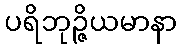
ပရိဘုဉ္ဇိယမာနာ